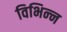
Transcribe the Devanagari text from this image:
विभिन्‍न